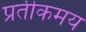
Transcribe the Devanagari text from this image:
प्रतीकमय